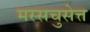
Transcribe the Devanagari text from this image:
मस्सचुसेत्त